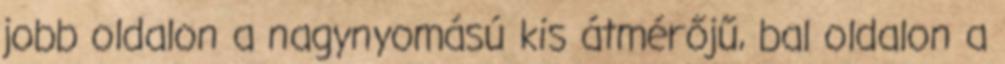
jobb oldalon a nagynyomású kis átmérőjű, bal oldalon a